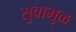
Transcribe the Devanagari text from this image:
सुबाभुळ